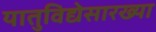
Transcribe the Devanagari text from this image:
यातुविद्येसारख्या